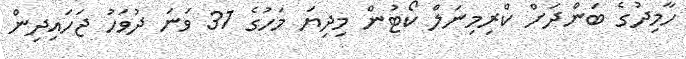
ހާމިދުގެ ބަންދަށް ކްރިމިނަލް ކޯޓުން މިދިޔަ މަހުގެ 31 ވަނަ ދުވަހު ޖަހައިދިން